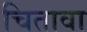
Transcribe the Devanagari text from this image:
चितावा